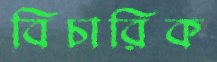
বিচারিক